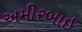
અમીરબાઈ